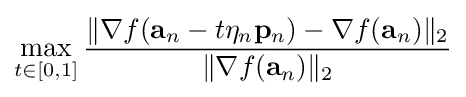
\max _{t\in [0,1]}{\frac {\|\nabla f(\mathbf {a} _{n}-t\eta _{n}\mathbf {p} _{n})-\nabla f(\mathbf {a} _{n})\|_{2}}{\|\nabla f(\mathbf {a} _{n})\|_{2}}}